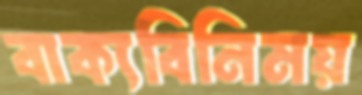
বাক্যবিনিময়